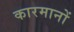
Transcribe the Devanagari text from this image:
कारमानों